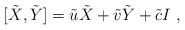
\begin{align*}{[\tilde X,\tilde Y]}=\tilde u \tilde X+\tilde v \tilde Y+\tilde c I \ ,\end{align*}